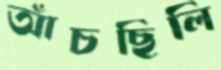
আঁচছিলি